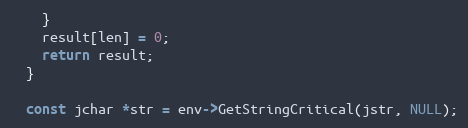
Language: C++
    }
    result[len] = 0;
    return result;
  }

  const jchar *str = env->GetStringCritical(jstr, NULL);